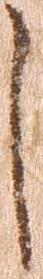
し